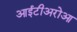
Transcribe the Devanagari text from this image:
आईटीअरोआ